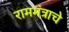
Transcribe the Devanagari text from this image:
राममंत्राचे